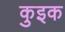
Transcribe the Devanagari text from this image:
कुइक